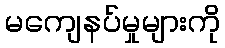
မကျေနပ်မှုများကို